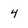
Character: 4